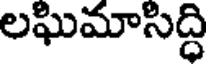
లఘిమాసిద్ధి